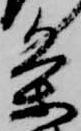
条